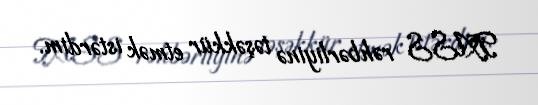
TASS rəhbərliyinə təşəkkür etmək istərdim.